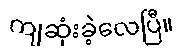
ကျဆုံးခဲ့လေပြီ။